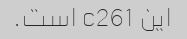
این c261 است.